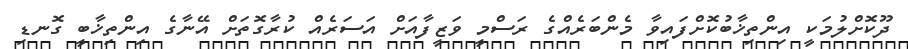
ދޫކޮށްލުމަކީ އިންތިޚާބުކޮށްފައިވާ މެންބަރެއްގެ ރަސްމީ ވަޒީފާއަށް އަސަރެއް ކުރާގޮތަށް އޭނާގެ އިންތިޚާބީ ގޮނޑި